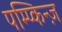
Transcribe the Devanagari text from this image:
पम्प्किन्ज़